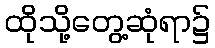
ထိုသို့တွေ့ဆုံရာ၌